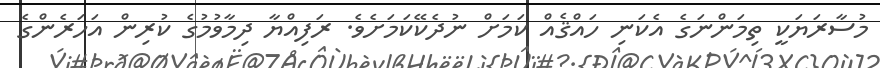
މުސާރަޔަކީ ތިމަންނަގެ އެކަނި ހައްޤެއް ކަމަށް ނުދެކޭކަމަށެވެ. ރަފިއްޔާ ދިމާވުމުގެ ކުރިން އަހަރެންގެ